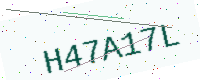
Text: H47A17L